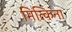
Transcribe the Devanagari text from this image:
मित्किना